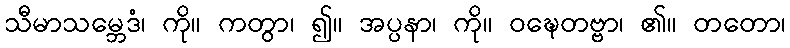
သီမာသမ္ဘေဒံ၊ ကို။ ကတွာ၊ ၍။ အပ္ပနာ၊ ကို။ ဝဍ္ဎေတဗ္ဗာ၊ ၏။ တတော၊